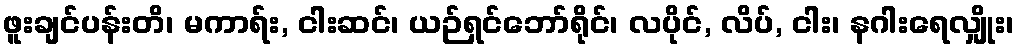
ဖူးချင်ပန်းတိ၊ မကာရ်း, ငါးဆင်၊ ယဉ်ရှင်ဘော်ရိုင်၊ လပိုင်, လိပ်, ငါး၊ နဂါးရေလျှိုး၊